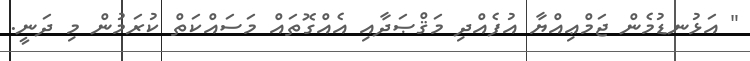
" އަޅުނޑުމެން ޖަމްޢިއްޔާ އުފެއްދި މަޤްޞަދާއި އެއްގޮތައް މަސައްކަތް ކުރަމުން މި ދަނީ.